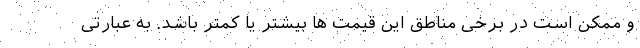
و ممکن است در برخی مناطق این قیمت ها بیشتر یا کمتر باشد. به عبارتی